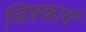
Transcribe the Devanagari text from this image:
चित्रकार्य